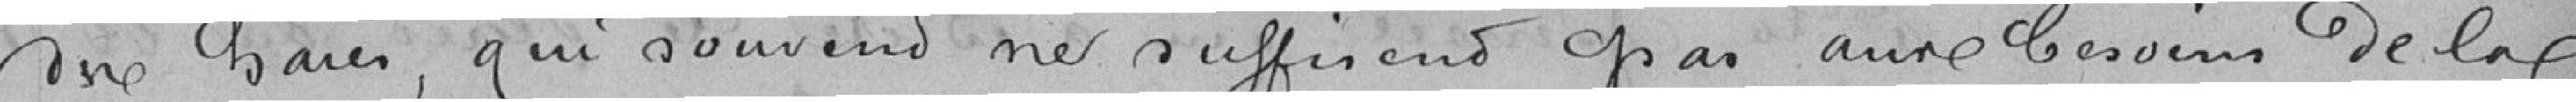
des haies, qui souvent ne suffisent pas aux besoins de la